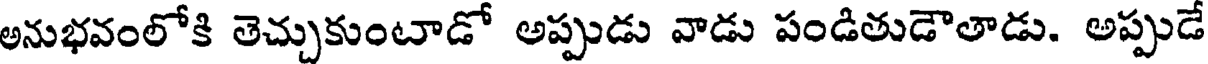
అనుభవంలోకి తెచ్చుకుంటాడో అప్పుడు వాడు పండితుడౌతాడు. అప్పుడే